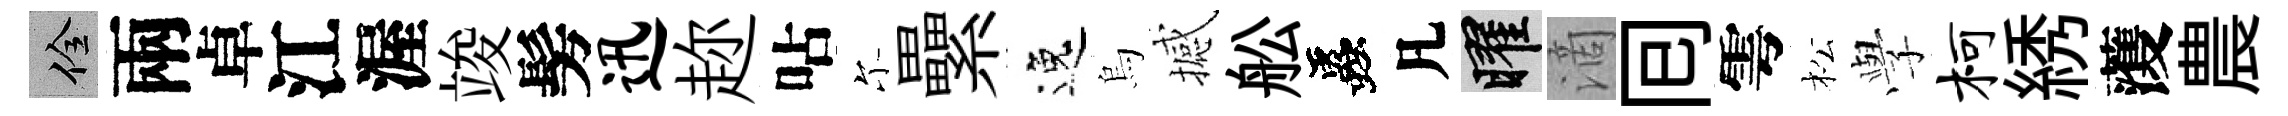
佺兩卓江渥竣髣迅趂呫尓纍逸烏撼舩蟲凡曜滴囘雩松𫝯柯綉𮑮農